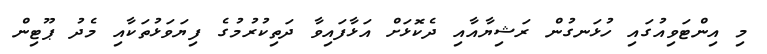
މި އިންޓަވިއުގައި ހުޅަނގުން ރަޝިޔާއާއި ދެކޮޅަށް އަޅާފައިވާ ދަތިކުރުމުގެ ފިޔަވަޅުތަކާއި މެދު ޕޫޓިން